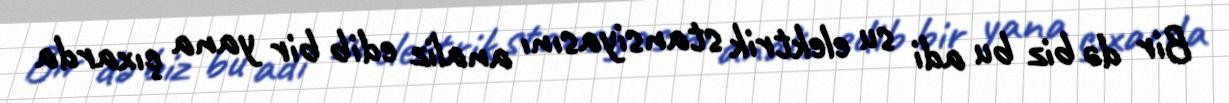
Bir də biz bu adi su elektrik stansiyasını analiz edib bir yana çıxarda